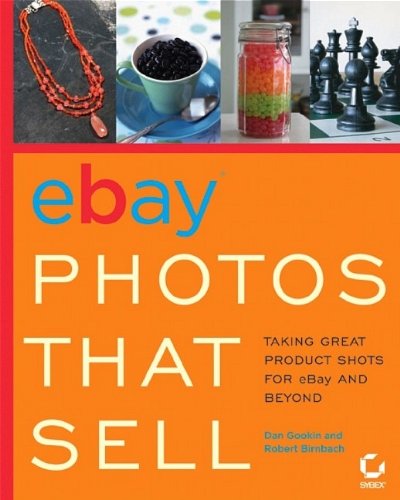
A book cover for eBay Photos That Sell: Taking Great Product Shots for eBay and Beyond; Dan Gookin; Computers & Technology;